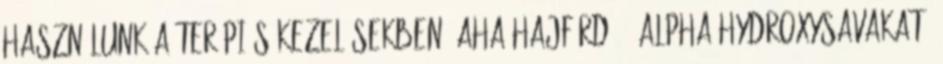
használunk a terápiás kezelésekben: AHA hajfürdő : Alpha hydroxysavakat,